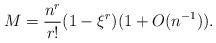
LaTeX: \begin{align*} M = \frac{n^r}{r!} (1 -\xi^r)(1+O(n^{-1})).\end{align*}